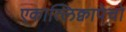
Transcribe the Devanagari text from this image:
एकात्लिक्वापेचो